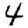
Digit: 4